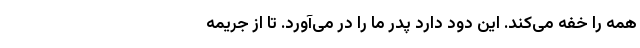
همه را خفه می‌کند. این دود دارد پدر ما را در می‌آورد. تا از جریمه